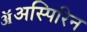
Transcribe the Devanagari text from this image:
ॲअस्पिरिन